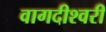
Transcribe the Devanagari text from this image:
वागदीश्वरी